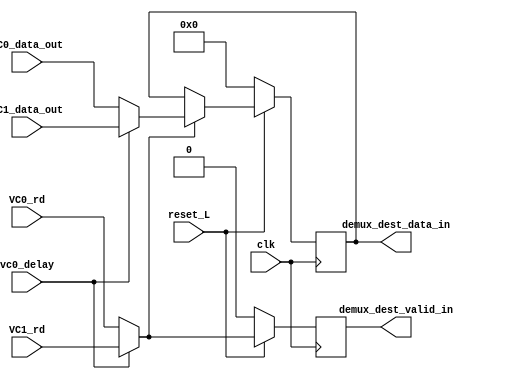
module mux_cond (  
    input clk,
    input reset_L,
    input vc0_delay, // selector
    input [5:0] VC0_data_out,
    input VC0_rd, // valid_VC0
    input [5:0] VC1_data_out,
    input VC1_rd, // valid_VC1
    output reg demux_dest_valid_in,
    output reg[5:0] demux_dest_data_in
    );

    reg[5:0] data_out_recordar;
    reg valid_in_recordar;

    always @(*) begin
        if (vc0_delay == 1) begin
            valid_in_recordar = VC1_rd;
            data_out_recordar = VC1_data_out;
        end else begin
            valid_in_recordar = VC0_rd;
            data_out_recordar = VC0_data_out;
        end
    end

    always @(posedge clk) begin
        if (reset_L == 1) begin
            demux_dest_valid_in <= valid_in_recordar; // &

            if(valid_in_recordar == 1) begin
                demux_dest_data_in <= data_out_recordar; // -    
            end

        end else begin
            demux_dest_data_in <= 0; // -
            demux_dest_valid_in <= 0; // &
        end
    end
endmodule